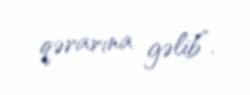
qərarına gəlib”.